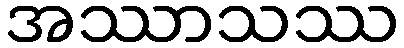
အဿာသဿ